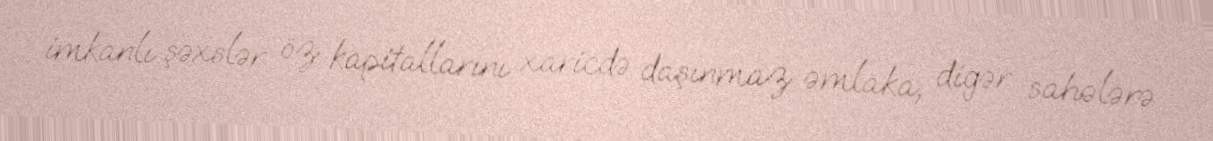
imkanlı şəxslər öz kapitallarını xaricdə daşınmaz əmlaka, digər sahələrə